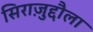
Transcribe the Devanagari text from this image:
सिराज़ुद्दौला